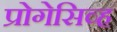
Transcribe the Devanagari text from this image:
प्रोगेसिव्ह